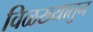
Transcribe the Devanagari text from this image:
विळख्यातुन